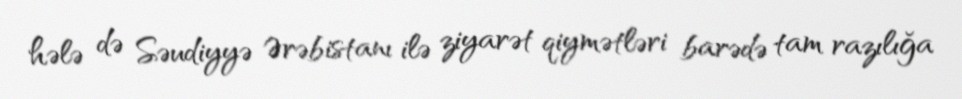
hələ də Səudiyyə Ərəbistanı ilə ziyarət qiymətləri barədə tam razılığa